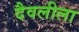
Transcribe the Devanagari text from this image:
दैवलीला